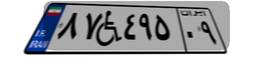
۸۷W۴۹۵۰۹